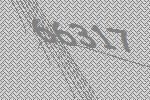
66317